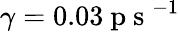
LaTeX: \gamma=0.03\mathrm{~p~s~}^{-1}